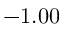
- 1 . 0 0